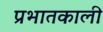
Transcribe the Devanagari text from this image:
प्रभातकाली